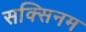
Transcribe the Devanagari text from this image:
सक्सिनम